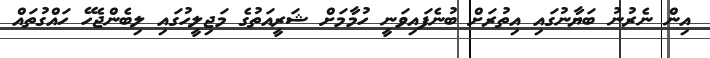
އިން ނެރުނު ބަޔާނުގައި އިތުރަށް ބުނެފައިވަނީ ހުމާމަށް ޝަރީއަތުގެ މަޖިލީހުގައި ލިބެންޖެހޭ ހައްގުތައް